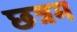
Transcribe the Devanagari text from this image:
छत्रम